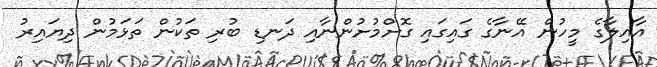
އާއިލާގެ މީހުން އޭނާގެ ގައިގައި ގޮށްމުށުންނާއި ދަނޑި ބުރި ތަކުން ތަޅަމުން ދިޔައިރު